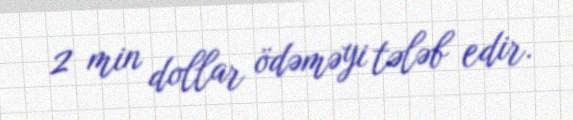
2 min dollar ödəməyi tələb edir.